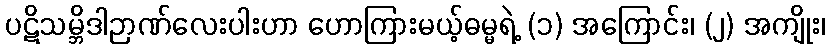
ပဋိသမ္ဘိဒါဉာဏ်လေးပါးဟာ ဟောကြားမယ့်ဓမ္မရဲ့ (၁) အကြောင်း၊ (၂) အကျိုး၊